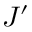
J ^ { \prime }